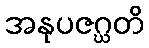
အနုပဇဂ္ဃတိ